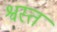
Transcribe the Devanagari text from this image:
श्वस्त